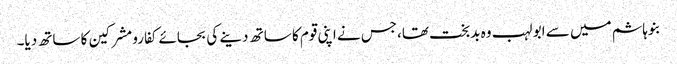
بنوہاشم میں سے ابو لہب وہ بدبخت تھا،جس نے اپنی قوم کا ساتھ دینے کی بجائے کفارومشرکین کا ساتھ دیا۔